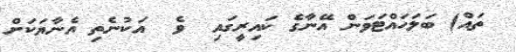
ތައް) ބަލަހައްޓަވަން އޭނާގެ ކައިރީގައި  ވެ  އަކުނެތި އެނާޔަކަށް